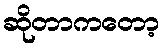
ဆိုတာကတော့